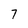
Character: 7